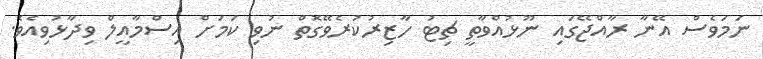
ނަމަވެސް އޭނާ ރާއްޖޭގައި ނޫޅުއްވާތީ ޗިޓު ހާޒިރުކުރެވޭގޮތް ނުވި ކަމަށް އިސްމާއީލް ވިދާޅުވިއެވެ.